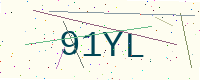
Text: 91YL